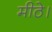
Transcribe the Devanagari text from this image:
मीठे।